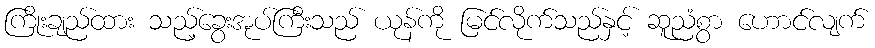
ကြိုးချည်ထား သည့်ခွေးအုပ်ကြီးသည် ယုန်ကို မြင်လိုက်သည်နှင့် ဆူညံစွာ ဟောင်လျက်